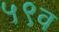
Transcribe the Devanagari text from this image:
५९व